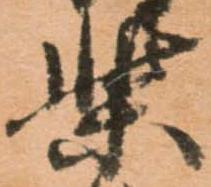
柴